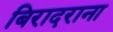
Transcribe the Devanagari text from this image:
बिरादराना